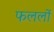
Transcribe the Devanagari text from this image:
फललों